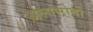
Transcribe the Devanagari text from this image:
अल्गारोबो